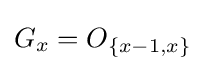
G_{x}=O_{\{x-1,x\}}